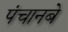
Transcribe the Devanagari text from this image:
पंचानबे